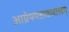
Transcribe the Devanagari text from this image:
आग्नेयमष्टाकपालम्